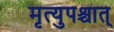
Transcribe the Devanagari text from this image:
मृत्युपश्चात्‌